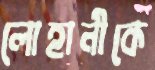
লোহানীকে